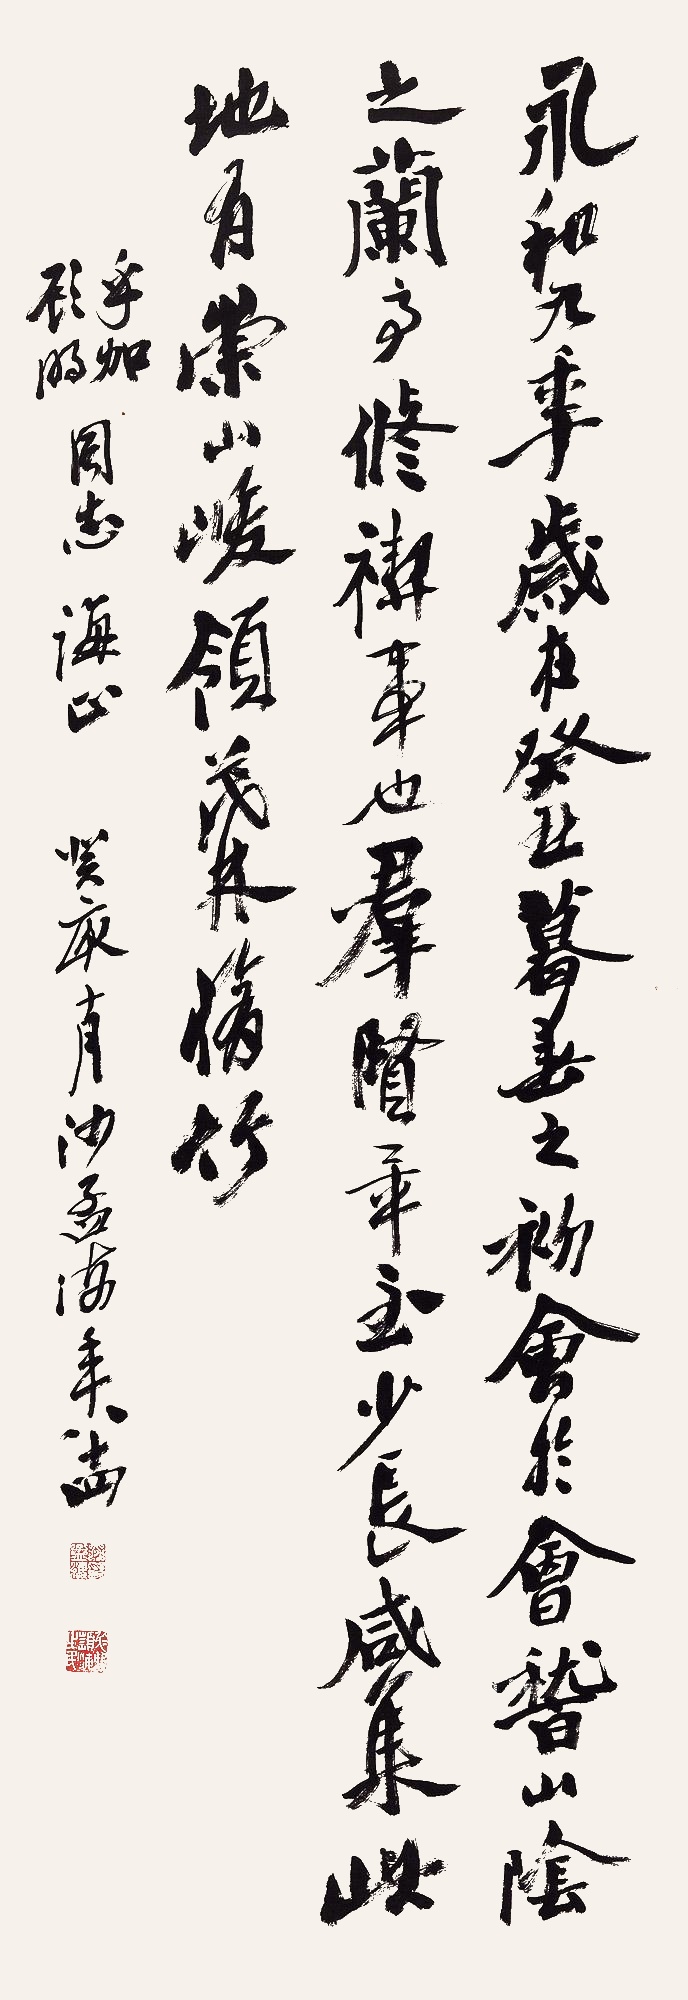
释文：永和九年，岁在癸丑，暮春之初，会于会稽山阴之兰亭。修禊事也，群贤毕至，少长咸集。此地有崇山峻岭，茂林修竹。乎加、顾明同志诲正。癸亥十月，沙孟海年八十四。